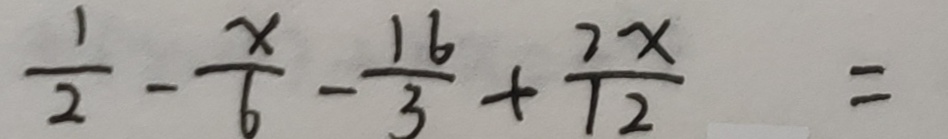
\frac { 1 } { 2 } - \frac { x } { 6 } - \frac { 1 6 } { 3 } + \frac { 2 x } { 1 2 } =